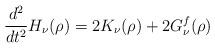
LaTeX: \begin{align*}\frac{d^2}{dt^2} H_\nu(\rho) = 2K_\nu(\rho) + 2G_\nu^f(\rho)\end{align*}